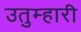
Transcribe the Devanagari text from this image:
उतुम्हारी